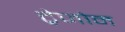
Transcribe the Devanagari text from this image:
ट्रेजोन